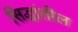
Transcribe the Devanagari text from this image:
सिद्धांतील